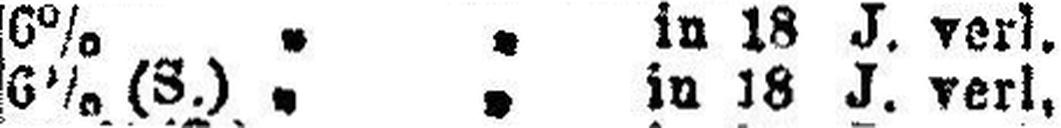
6% (S.) „ „ in 18 J. verl.